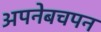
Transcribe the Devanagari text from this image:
अपनेबचपन